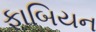
ફાબિયન